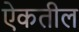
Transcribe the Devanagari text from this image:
ऐकतील